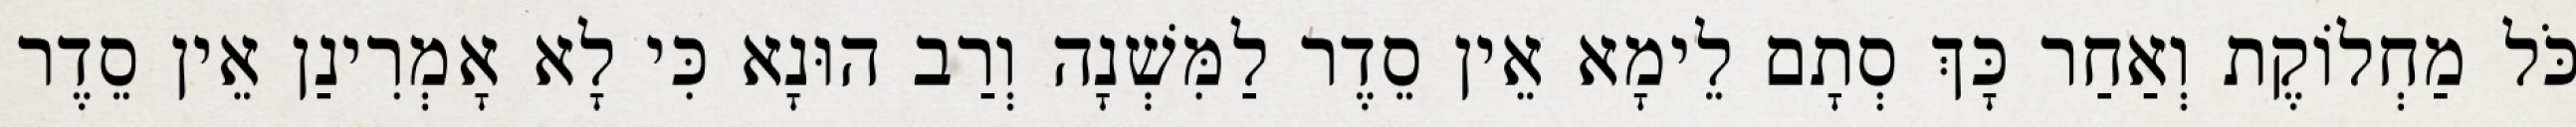
כֹּל מַחְלוֹקֶת וְאַחַר כָּךְ סְתָם לֵימָא אֵין סֵדֶר לַמִּשְׁנָה וְרַב הוּנָא כִּי לָא אָמְרִינַן אֵין סֵדֶר